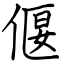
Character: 偃